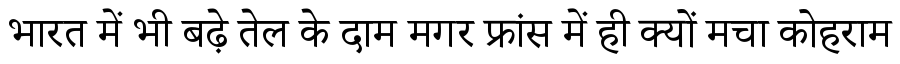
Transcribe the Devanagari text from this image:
भारत में भी बढ़े तेल के दाम मगर फ्रांस में ही क्यों मचा कोहराम